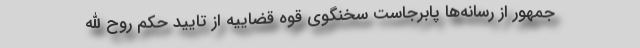
‌جمهور از رسانه‌ها پابرجاست سخنگوی قوه قضاییه از تایید حکم روح الله